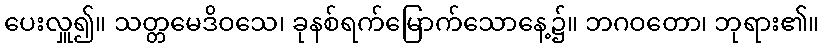
ပေးလှူ၍။ သတ္တမေဒိဝသေ၊ ခုနစ်ရက်မြောက်သောနေ့၌။ ဘဂဝတော၊ ဘုရား၏။